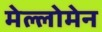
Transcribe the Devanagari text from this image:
मेल्लोमेन